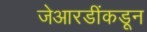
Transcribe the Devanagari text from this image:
जेआरडींकडून